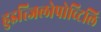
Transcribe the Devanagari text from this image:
हुइत्जिलोपोच्टिलि